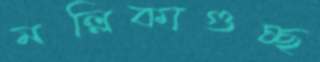
মল্লিকাগুচ্ছ